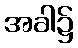
အခါ၌